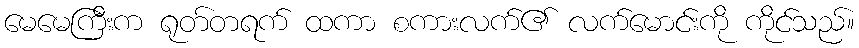
မေမေကြီးက ရုတ်တရက် ထကာ စကားလက်၏ လက်မောင်းကို ကိုင်သည်။